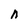
Character: n